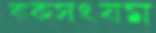
বাকসংযম